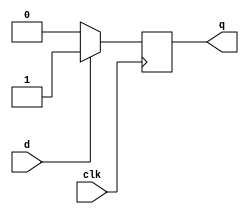
`timescale 1ns / 1ps
module dff(clk, d, q);
    input clk;
    input d;
    output reg q;
	 
	 always @ (posedge clk) begin
	 if (d)
	 q <= 1'b1; 
	 else
	 q <= 1'b0; 
	 end
	 


endmodule